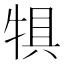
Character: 犋